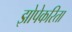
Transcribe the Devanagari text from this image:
झोपेकरिता